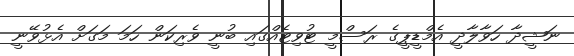
ނަޝީދާ ހަވާލާދީ އެމްޑީޕީގެ ރަސްމީ ޓުވިޓެއްގައި ބުނީ ވެރިކަން ހަމަ މަގަށް އެޅުވޭނީ